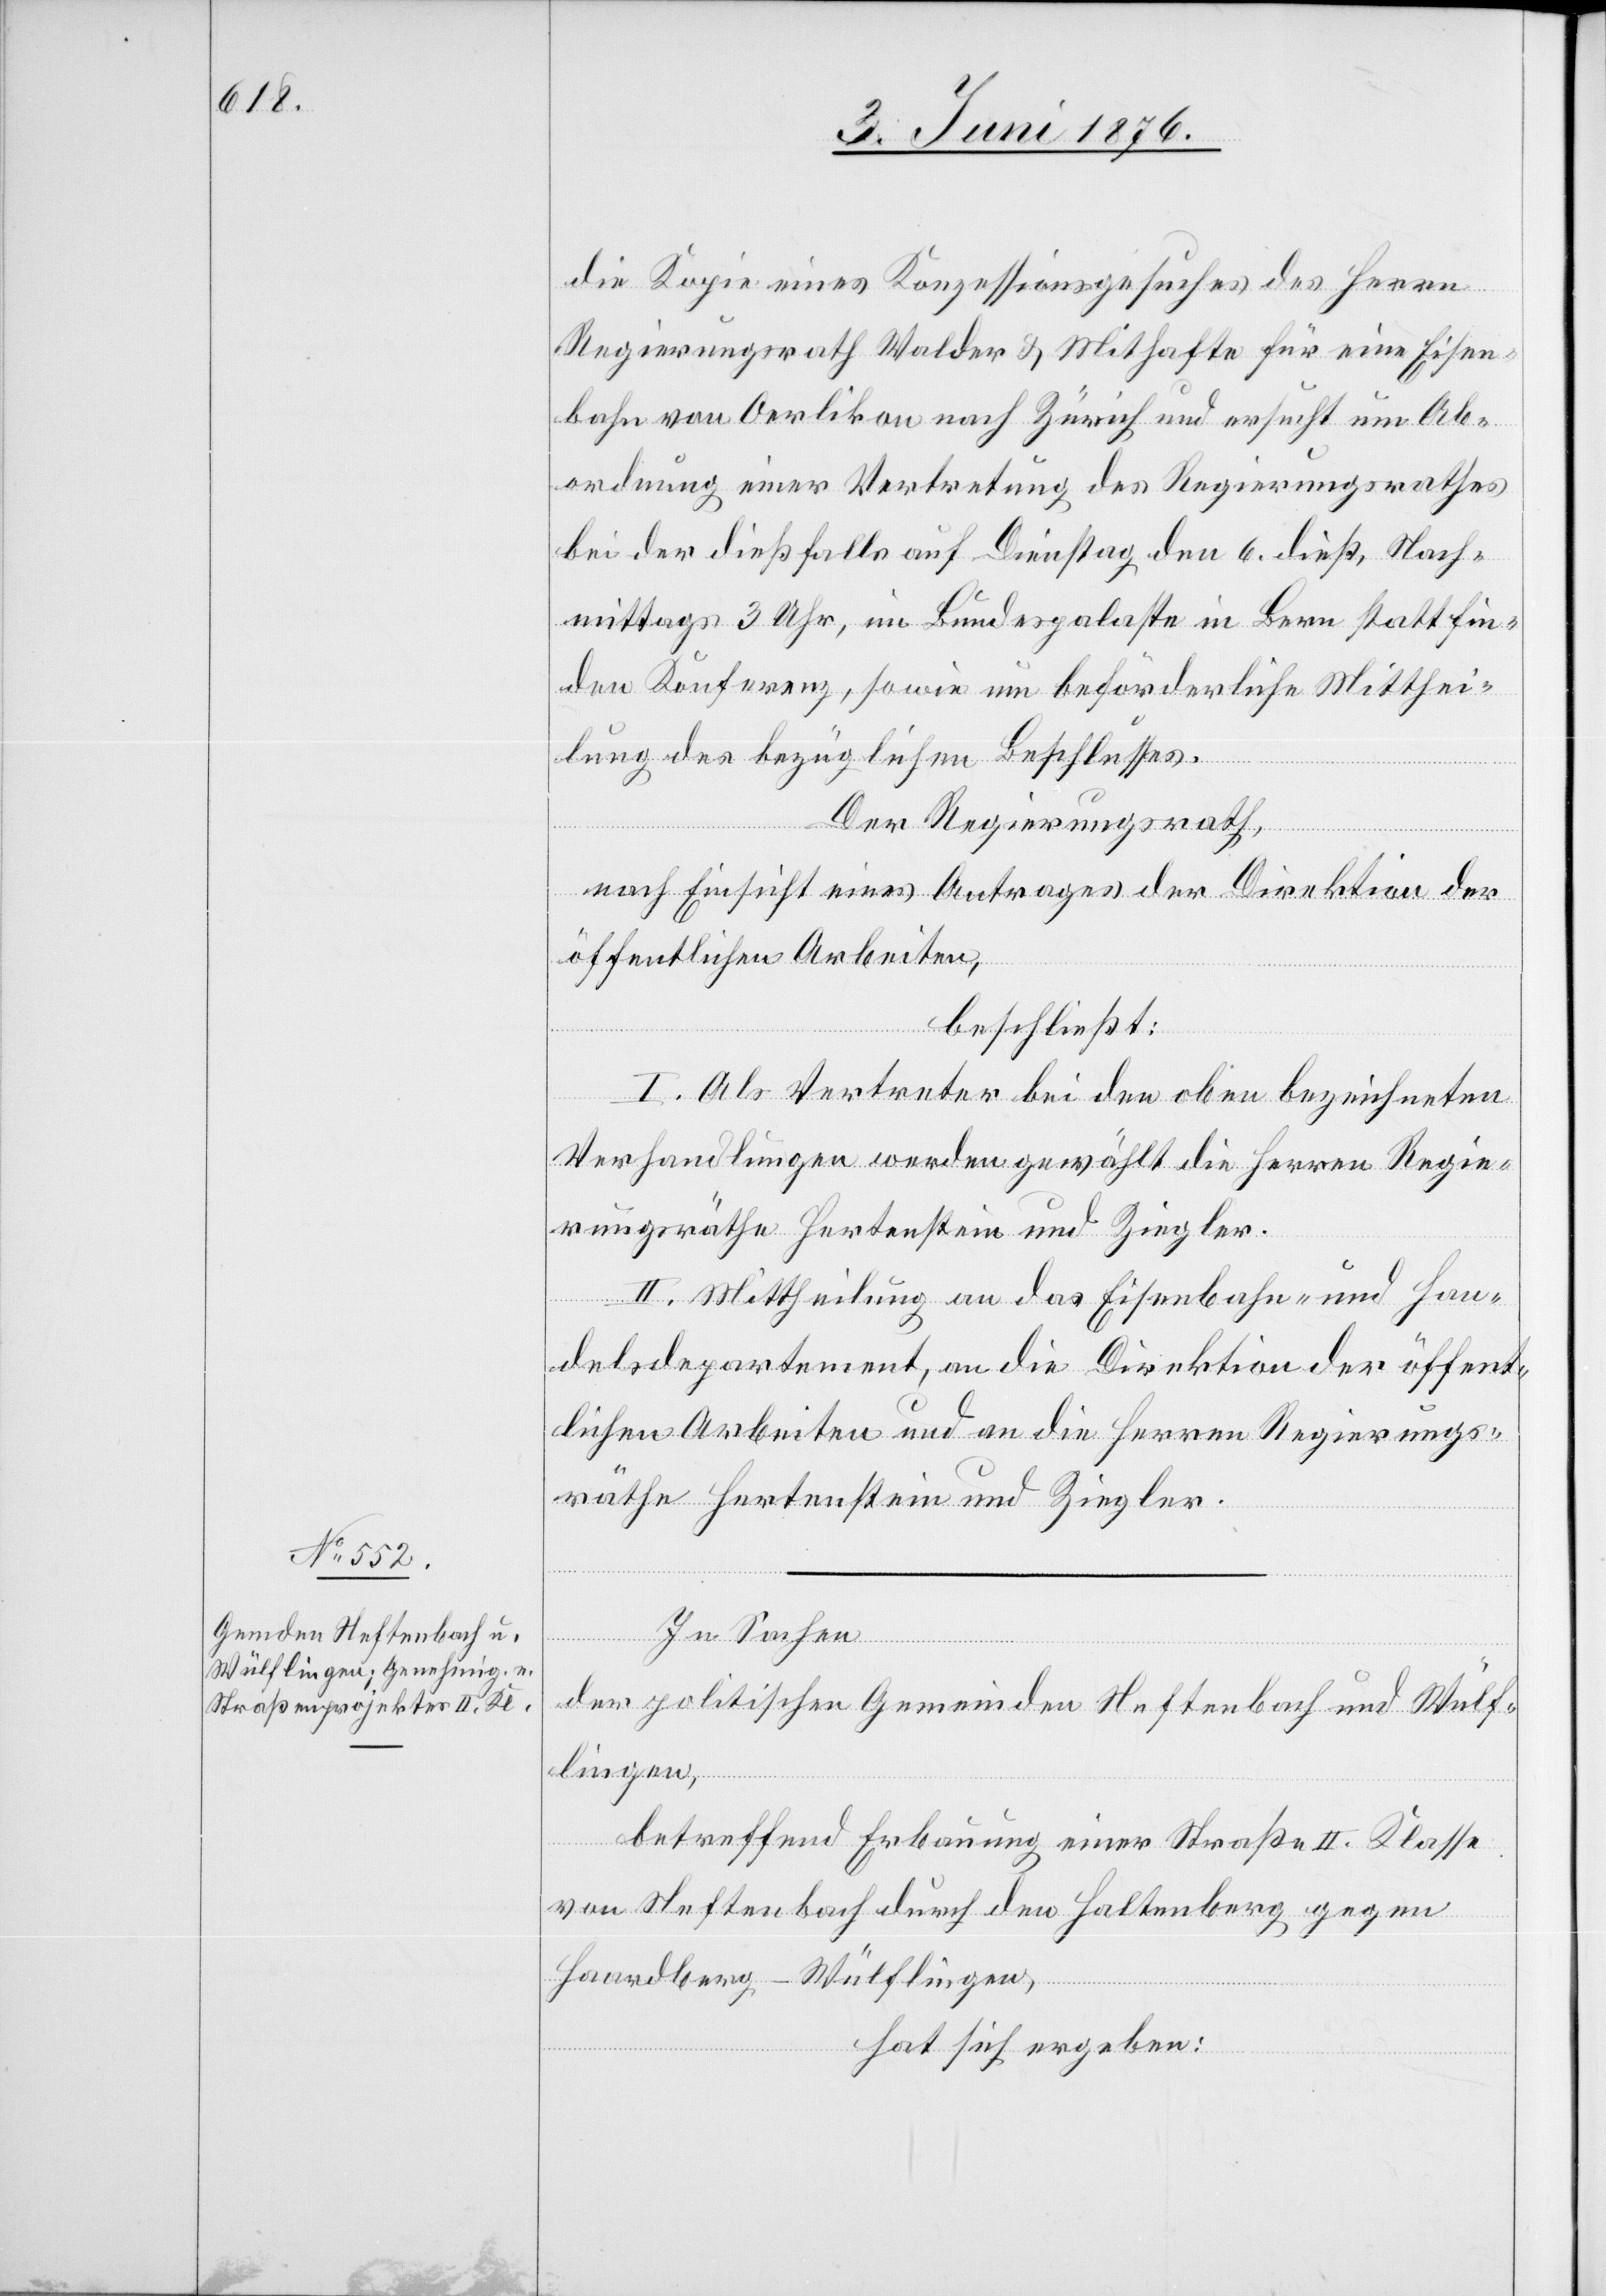
die Kopie eines Konzessionsgesuches des Herrn
Regierungsrath Walder & Mithafte für eine Eisen¬
bahn von Oerlikon nach Zürich und ersucht um An¬
ordnung einer Vertretung des Regierungsrathes
bei der dießfalls auf Dienstag den 6. dieß, Nach¬
mittags 3 Uhr, im Bundespalaste in Bern stattfinde¬
n[den] Konferenz, sowie um beförderliche Mitthei¬
lung des bezüglichen Beschlusses.
Der Regierungsrath,
nach Einsicht eines Antrages der Direktion der
öffentlichen Arbeiten,
beschließt:
I. Als Vertreter bei den oben bezeichneten
Verhandlungen werden gewählt die Herren Regie¬
rungsräthe Hertenstein und Ziegler.
II. Mittheilung an das Eisenbahn- und Han¬
delsdepartement, an die Direktion der öffent¬
lichen Arbeiten und an die Herren Regierungs¬
räthe Hertenstein und Ziegler.
In Sachen
der politischen Gemeinden Neftenbach und Wülf¬
lingen,
betreffend Erbauung einer Straße II. Klasse
von Neftenbach durch den Haltenberg gegen
Haardberg - Wülflingen,
hat sich ergeben: